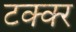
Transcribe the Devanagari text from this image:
टक्क्‍र